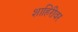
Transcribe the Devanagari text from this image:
शाहिरीवर